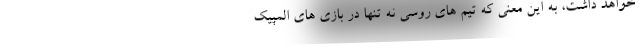
خواهد داشت، به این معنی که تیم های روسی نه تنها در بازی های المپیک